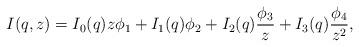
LaTeX: \begin{align*}I(q,z)=I_0(q)z\phi_1+I_1(q)\phi_2+I_2(q)\frac{\phi_3}{z}+I_3(q)\frac{\phi_4}{z^2},\end{align*}